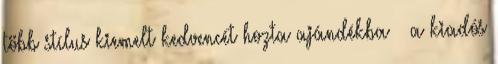
több stílus kiemelt kedvencét hozta ajándékba – a kiadós